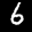
Label: 6